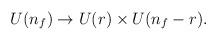
LaTeX: \begin{align*}U(n_f) \to U(r) \times U(n_f-r). \end{align*}